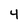
Character: 4